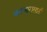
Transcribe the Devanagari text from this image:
करणारासाठी